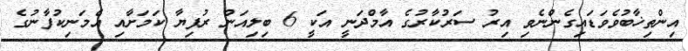
އިންތިޚާބުވެވަޑައިގެންނެވި އިރު ސަރުކާރުގެ އާމްދަނީ އަކީ 6 ބިލިއަން ރުފިޔާ ކަމަށާއި އެމަނިކުފާނުގެ